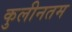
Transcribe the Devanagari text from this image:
कुलीनतम